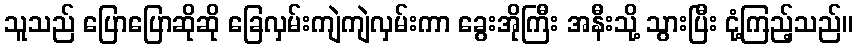
သူသည် ပြောပြောဆိုဆို ခြေလှမ်းကျဲကျဲလှမ်းကာ ခွေးအိုကြီး အနီးသို့ သွားပြီး ငုံ့ကြည့်သည်။